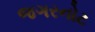
જગરનોટ